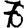
Digit: 7